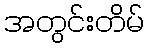
အတွင်းတိမ်